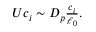
\begin{array} { r } { U c _ { i } \sim D _ { p } \frac { c _ { i } } { \ell _ { 0 } } . } \end{array}